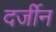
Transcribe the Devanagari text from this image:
दर्जीन